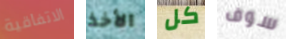
الاتفاقية الأخذ كل سوف